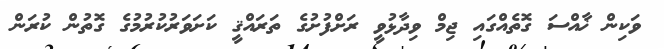
ވަކިން ޚާއްސަ ގޮތެއްގައި ޖިމް ވިދާޅުވީ ރަށްފުށުގެ ތަރައްޤީ ކަށަވަރުކުރުމުގެ ގޮތުން ކުރަން